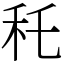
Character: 秅